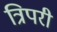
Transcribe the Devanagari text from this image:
त्रिपरी